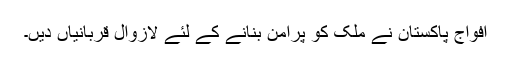
افواج پاکستان نے ملک کو پرامن بنانے کے لئے لازوال قربانیاں دیں۔